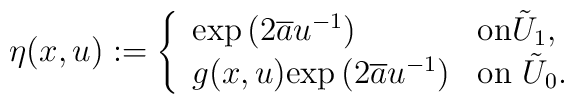
\eta (x,u):=\left\{\begin{array}{ll}                 {\rm exp}\left( 2\overline{a}u^{-1}\right) & \mbox{on$\tilde{U}_1$},\\g(x,u){\rm exp}\left( 2\overline{a}u^{-1}\right) & \mbox{on    $\tilde{U}_0$.}\end{array}\right.